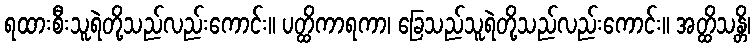
ရထားစီးသူရဲတို့သည်လည်းကောင်း။ ပတ္ထိကာရကာ၊ ခြေသည်သူရဲတို့သည်လည်းကောင်း။ အတ္ထိသန္တိ၊